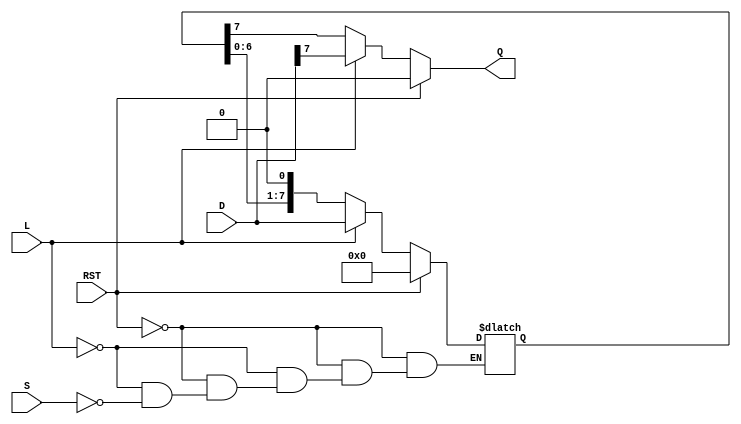
module async_PISO #(
    parameter N = 8  // Parameter for the number of bits
)(
    input wire [N-1:0] D,   // Parallel input data
    input wire L,           // Load control signal
    input wire S,           // Shift control signal
    input wire RST,         // Asynchronous reset
    output reg Q           // Serial output
);

    reg [N-1:0] shift_reg; // Shift register to hold the data

    always @(*) begin
        if (RST) begin
            shift_reg = {N{1'b0}}; // Reset the shift register
            Q = 1'b0;              // Reset the output
        end
        else if (L) begin
            shift_reg = D;         // Load data into the shift register
            Q = shift_reg[N-1];    // Output the most significant bit
        end
        else if (S) begin
            Q = shift_reg[N-1];     // Output the MSB
            shift_reg = {shift_reg[N-2:0], 1'b0}; // Shift data to the right
        end
        else begin
            Q = shift_reg[N-1];     // Hold current output
        end
    end

endmodule